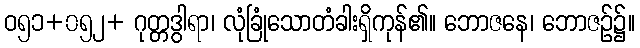
ဝ၅၁+၀၅၂+ ဂုတ္တဒွါရာ၊ လုံခြုံသောတံခါးရှိကုန်၏။ ဘောဇနေ၊ ဘောဇဉ်၌။